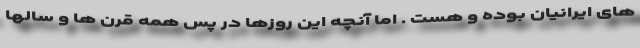
های ایرانیان بوده و هست . اما آنچه این روزها در پس همه قرن ها و سالها